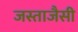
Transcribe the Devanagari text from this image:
जस्ताजैसी